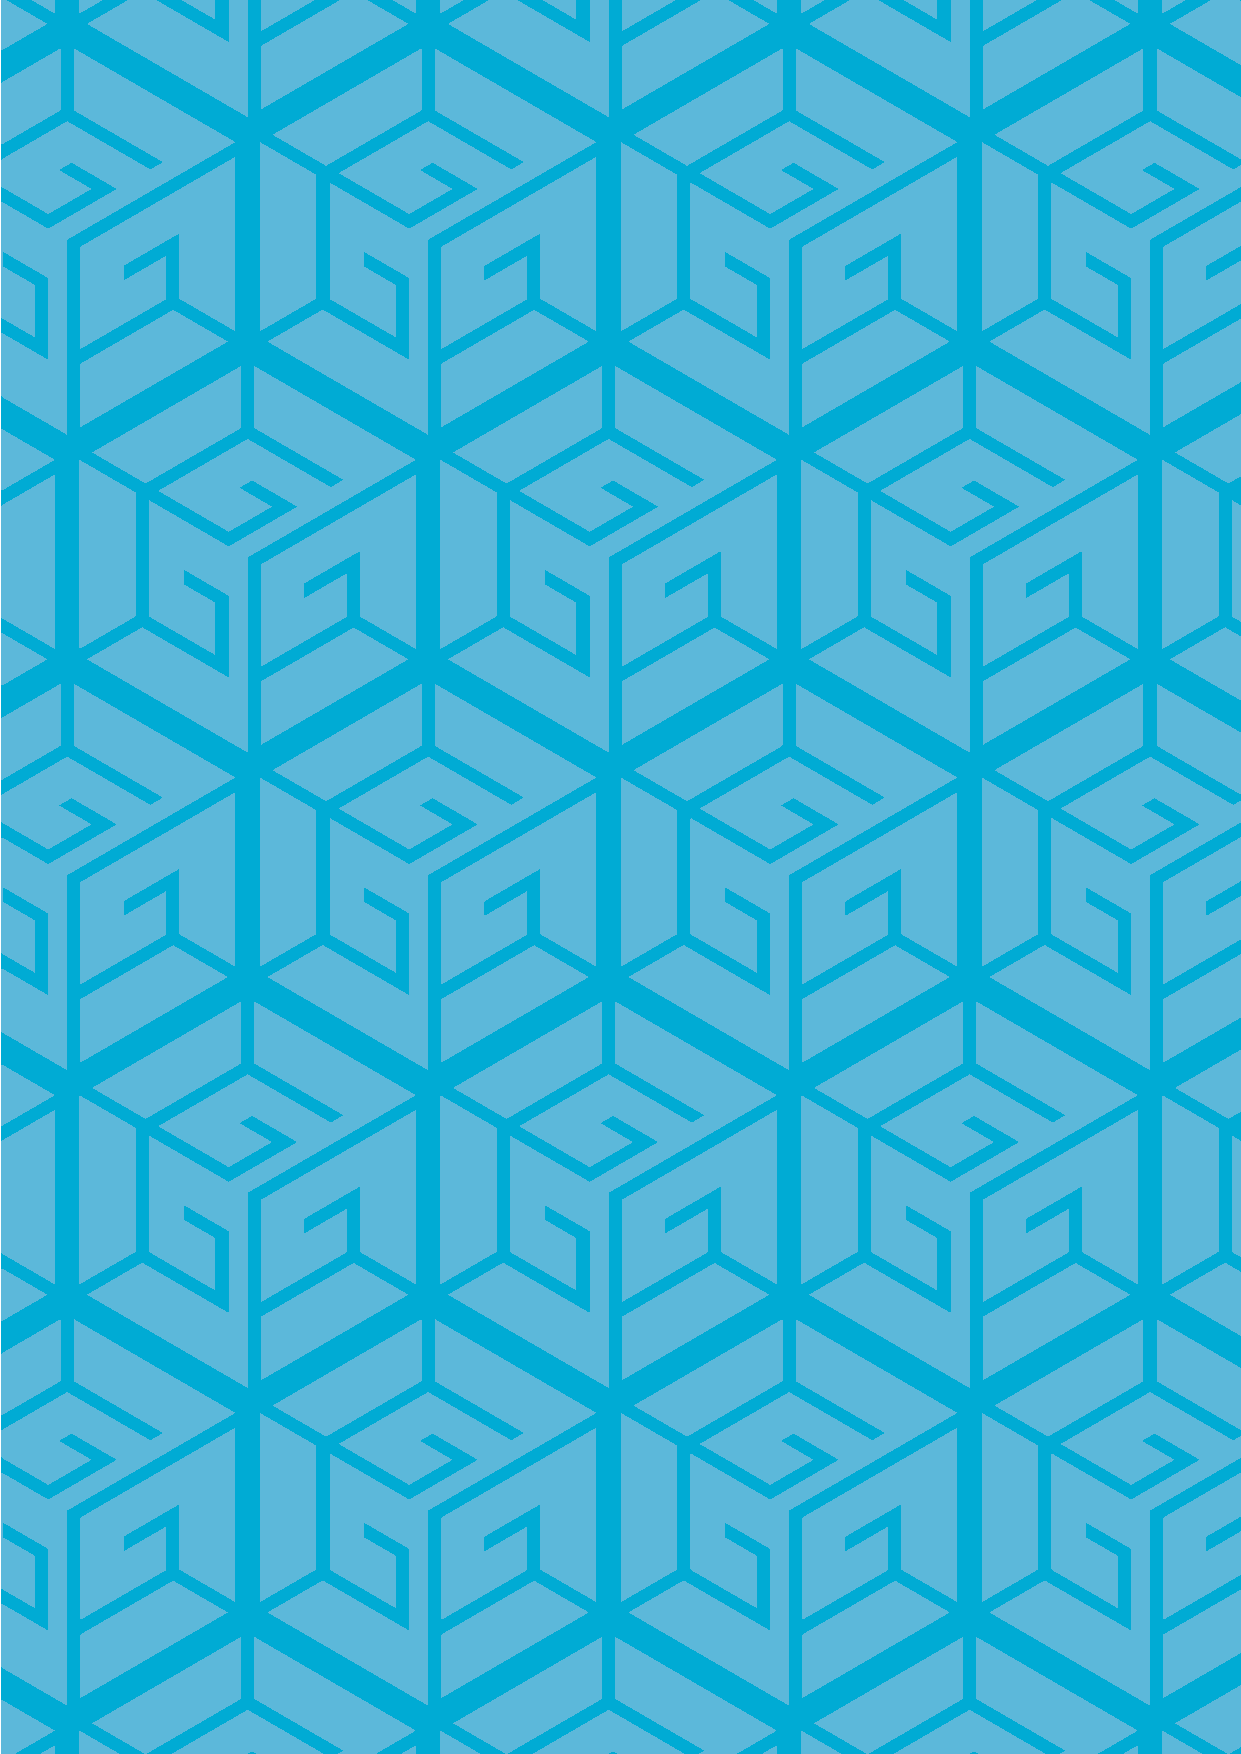
2                                                                       3